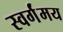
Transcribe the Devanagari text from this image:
स्वर्गंमय